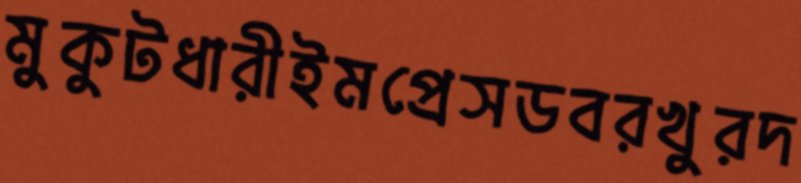
মুকুটধারীইমপ্রেসডবরখুরদ